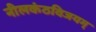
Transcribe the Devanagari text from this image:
नीलकंठविजयम्